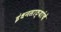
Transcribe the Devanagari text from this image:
इंधनसाठ्यांचे